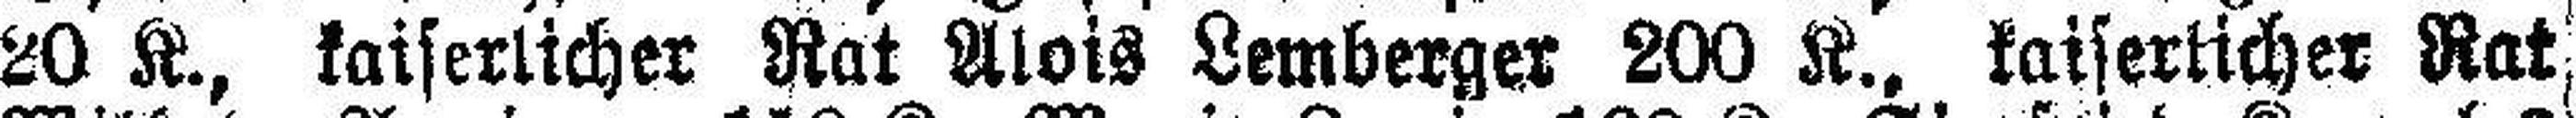
20 K., kaiserlicher Rat Alois Lemberger 200 K., kaiserlicher Rat,